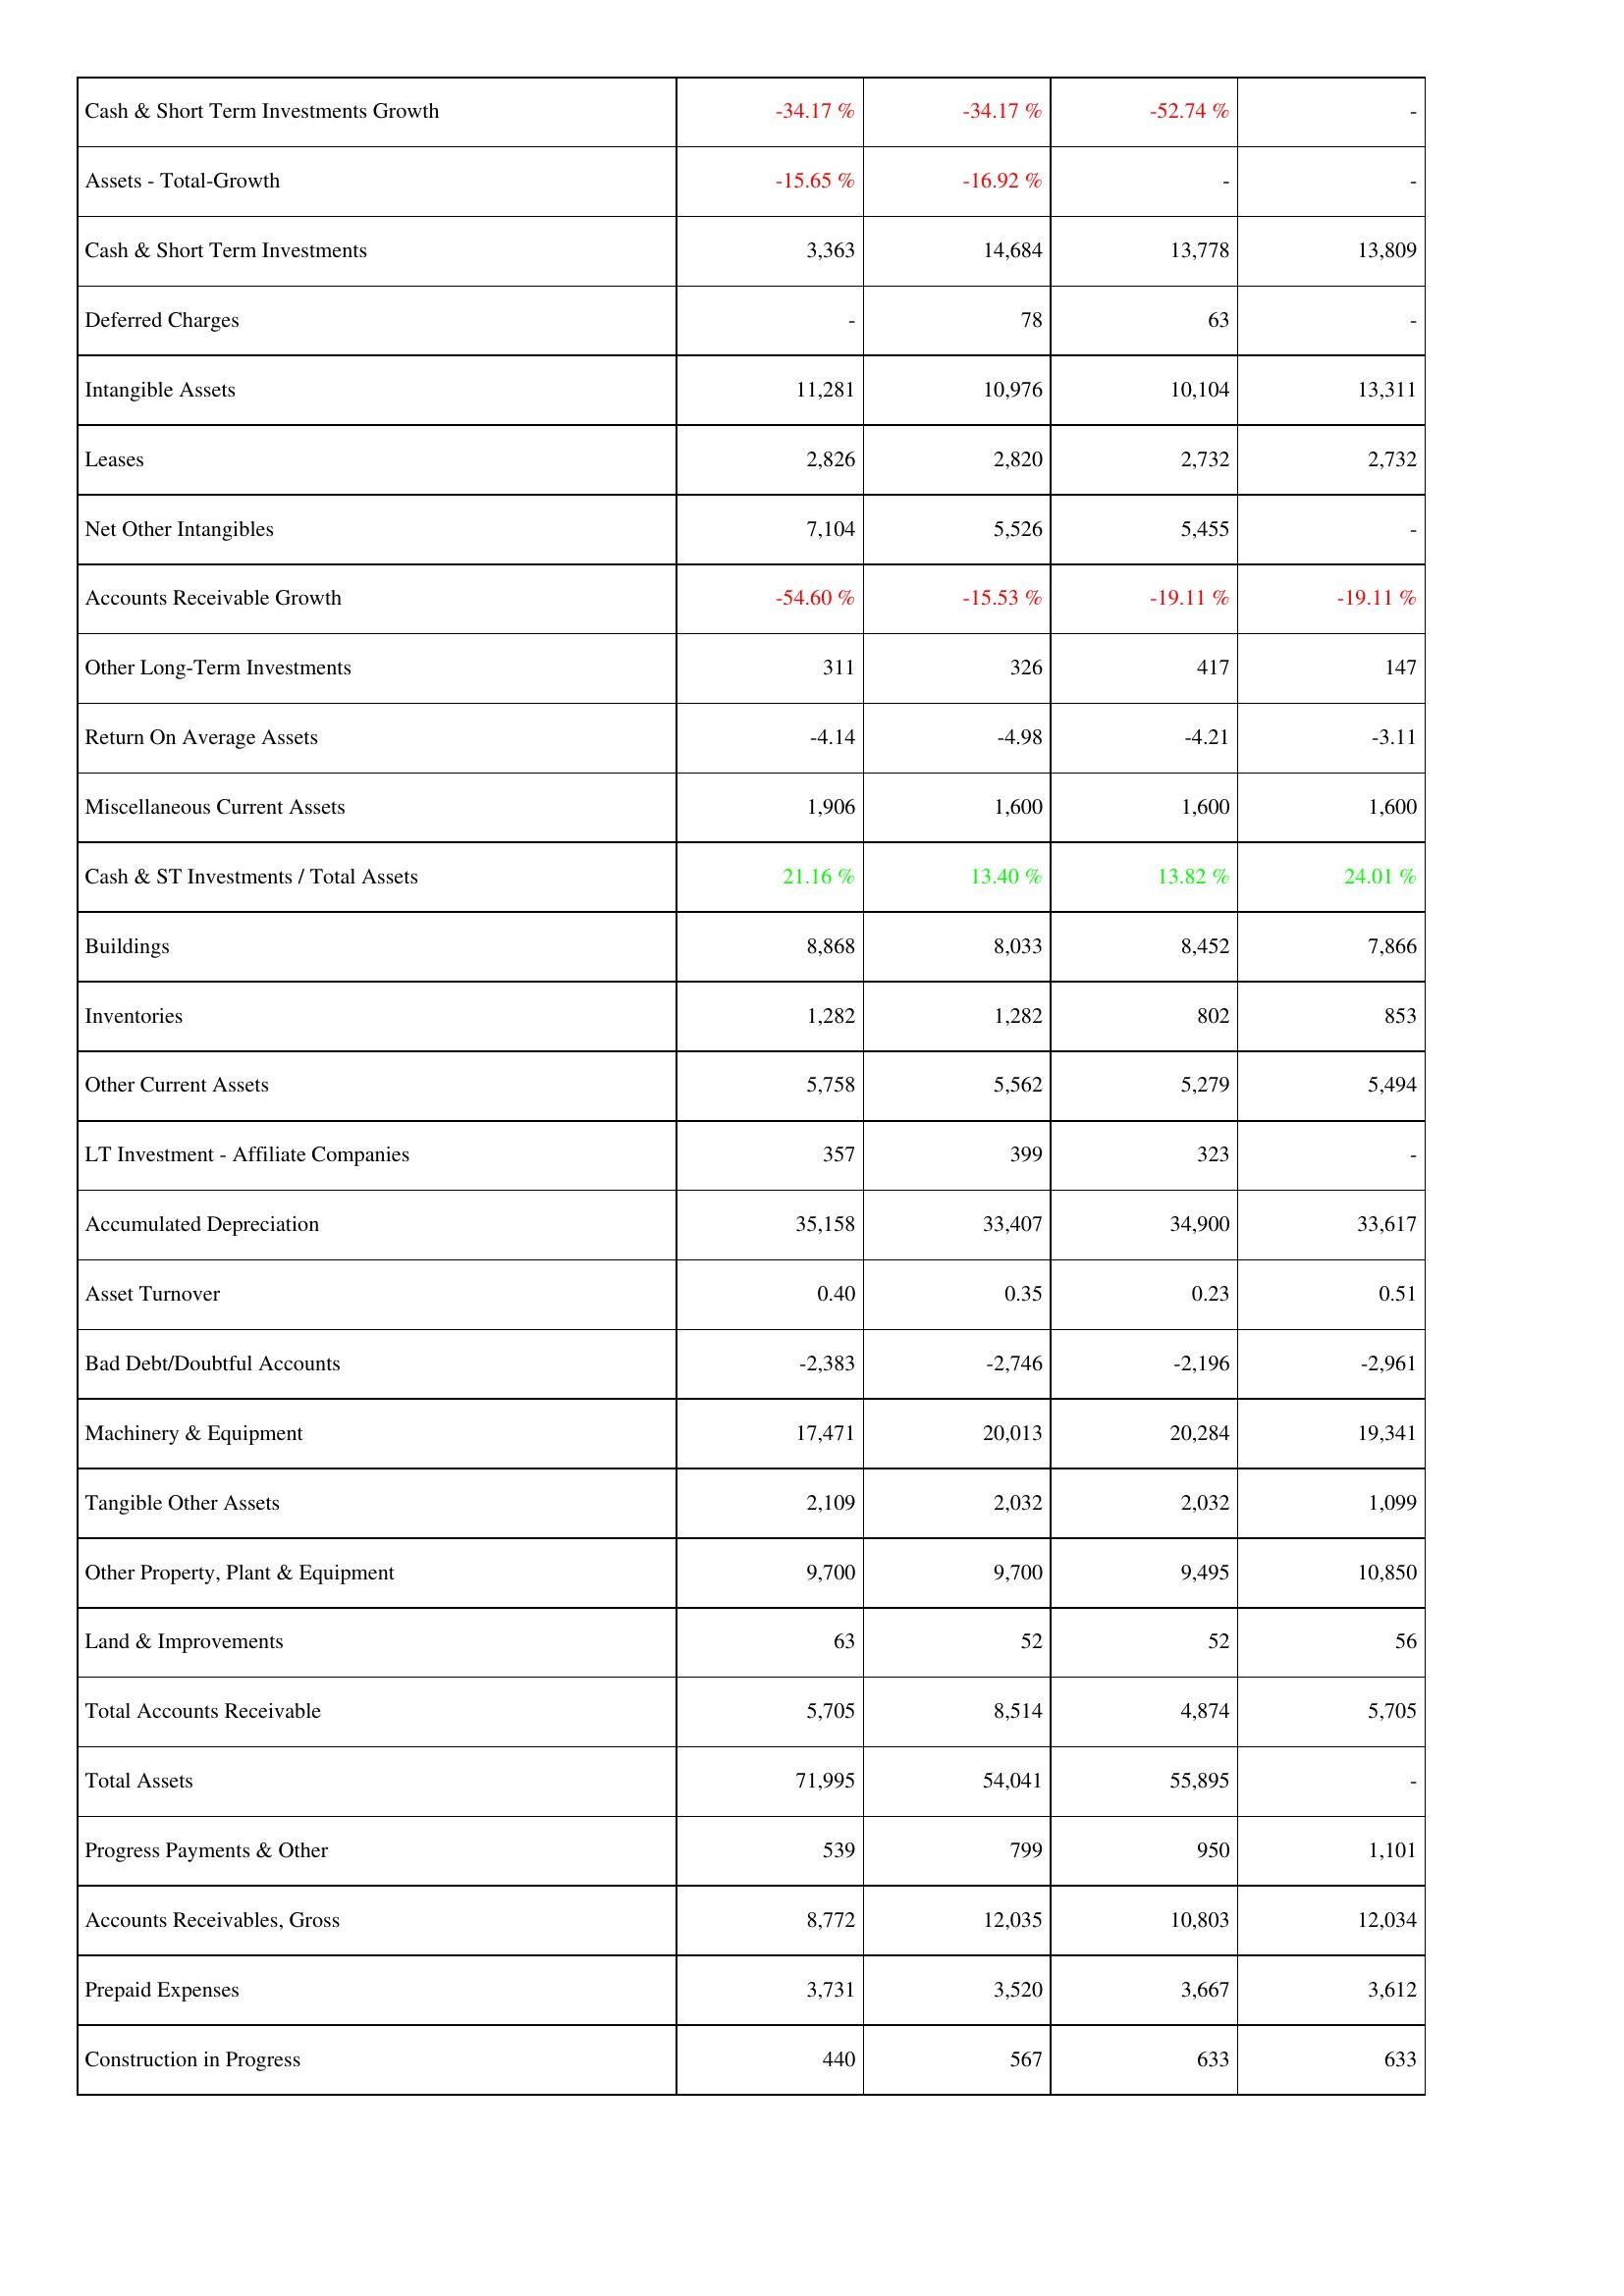
2012: Assets: Cash & Short Term Investments Growth: -34.17 %
Assets - Total-Growth: -15.65 %
Cash & Short Term Investments: 3,363
Deferred Charges: -
Intangible Assets: 11,281
Leases: 2,826
Net Other Intangibles: 7,104
Accounts Receivable Growth: -54.60 %
Other Long-Term Investments: 311
Return On Average Assets: -4.14
Miscellaneous Current Assets: 1,906
Cash & ST Investments / Total Assets: 21.16 %
Buildings: 8,868
Inventories: 1,282
Other Current Assets: 5,758
LT Investment - Affiliate Companies: 357
Accumulated Depreciation: 35,158
Asset Turnover: 0.40
Bad Debt/Doubtful Accounts: -2,383
Machinery & Equipment: 17,471
Tangible Other Assets: 2,109
Other Property, Plant & Equipment: 9,700
Land & Improvements: 63
Total Accounts Receivable: 5,705
Total Assets: 71,995
Progress Payments & Other: 539
Accounts Receivables, Gross: 8,772
Prepaid Expenses: 3,731
Construction in Progress: 440
2011: Assets: Cash & Short Term Investments Growth: -34.17 %
Assets - Total-Growth: -16.92 %
Cash & Short Term Investments: 14,684
Deferred Charges: 78
Intangible Assets: 10,976
Leases: 2,820
Net Other Intangibles: 5,526
Accounts Receivable Growth: -15.53 %
Other Long-Term Investments: 326
Return On Average Assets: -4.98
Miscellaneous Current Assets: 1,600
Cash & ST Investments / Total Assets: 13.40 %
Buildings: 8,033
Inventories: 1,282
Other Current Assets: 5,562
LT Investment - Affiliate Companies: 399
Accumulated Depreciation: 33,407
Asset Turnover: 0.35
Bad Debt/Doubtful Accounts: -2,746
Machinery & Equipment: 20,013
Tangible Other Assets: 2,032
Other Property, Plant & Equipment: 9,700
Land & Improvements: 52
Total Accounts Receivable: 8,514
Total Assets: 54,041
Progress Payments & Other: 799
Accounts Receivables, Gross: 12,035
Prepaid Expenses: 3,520
Construction in Progress: 567
2010: Assets: Cash & Short Term Investments Growth: -52.74 %
Assets - Total-Growth: -
Cash & Short Term Investments: 13,778
Deferred Charges: 63
Intangible Assets: 10,104
Leases: 2,732
Net Other Intangibles: 5,455
Accounts Receivable Growth: -19.11 %
Other Long-Term Investments: 417
Return On Average Assets: -4.21
Miscellaneous Current Assets: 1,600
Cash & ST Investments / Total Assets: 13.82 %
Buildings: 8,452
Inventories: 802
Other Current Assets: 5,279
LT Investment - Affiliate Companies: 323
Accumulated Depreciation: 34,900
Asset Turnover: 0.23
Bad Debt/Doubtful Accounts: -2,196
Machinery & Equipment: 20,284
Tangible Other Assets: 2,032
Other Property, Plant & Equipment: 9,495
Land & Improvements: 52
Total Accounts Receivable: 4,874
Total Assets: 55,895
Progress Payments & Other: 950
Accounts Receivables, Gross: 10,803
Prepaid Expenses: 3,667
Construction in Progress: 633
2009: Assets: Cash & Short Term Investments Growth: -
Assets - Total-Growth: -
Cash & Short Term Investments: 13,809
Deferred Charges: -
Intangible Assets: 13,311
Leases: 2,732
Net Other Intangibles: -
Accounts Receivable Growth: -19.11 %
Other Long-Term Investments: 147
Return On Average Assets: -3.11
Miscellaneous Current Assets: 1,600
Cash & ST Investments / Total Assets: 24.01 %
Buildings: 7,866
Inventories: 853
Other Current Assets: 5,494
LT Investment - Affiliate Companies: -
Accumulated Depreciation: 33,617
Asset Turnover: 0.51
Bad Debt/Doubtful Accounts: -2,961
Machinery & Equipment: 19,341
Tangible Other Assets: 1,099
Other Property, Plant & Equipment: 10,850
Land & Improvements: 56
Total Accounts Receivable: 5,705
Total Assets: -
Progress Payments & Other: 1,101
Accounts Receivables, Gross: 12,034
Prepaid Expenses: 3,612
Construction in Progress: 633